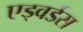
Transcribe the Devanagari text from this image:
एड्वर्डस